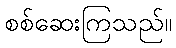
စစ်ဆေးကြသည်။